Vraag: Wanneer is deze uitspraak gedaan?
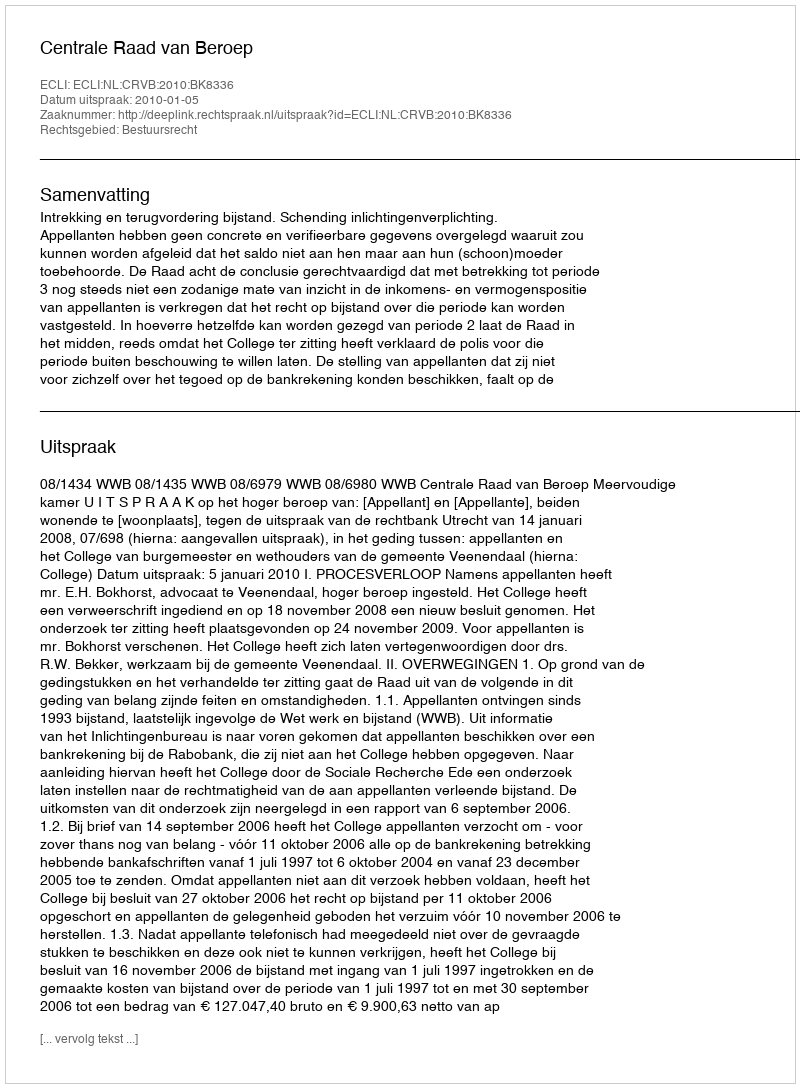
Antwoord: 2010-01-05